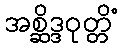
အစ္ဆိဒ္ဒဝုတ္တိံ